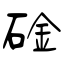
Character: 碒